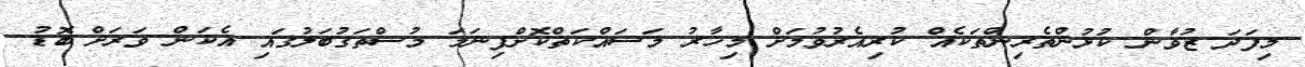
މިފަދަ ޒުވާން ކުޅުންތެރިންތަކެއް ކުރިއެރުވުމަށް މިހާރު މަސައްކަތްކޮށްފިނަމަ މުސްތަގުބަލުގައި އެކަން ވަރަށް ބޮޑު